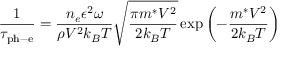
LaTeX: { \frac { 1 } { \tau _ { \mathrm { p h - e } } } } = { \frac { n _ { e } \epsilon ^ { 2 } \omega } { \rho V ^ { 2 } k _ { B } T } } { \sqrt { \frac { \pi m ^ { * } V ^ { 2 } } { 2 k _ { B } T } } } \exp \left( - { \frac { m ^ { * } V ^ { 2 } } { 2 k _ { B } T } } \right)